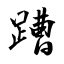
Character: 蹧